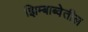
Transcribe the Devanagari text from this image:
झिम्बाब्वेतील